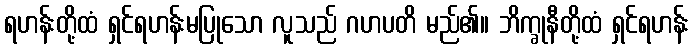
ရဟန်းတို့ထံ ရှင်ရဟန်းမပြုသော လူသည် ဂဟပတိ မည်၏။ ဘိက္ခုနီတို့ထံ ရှင်ရဟန်း